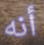
أنه